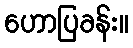
ဟောပြခန်း။